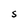
Character: S